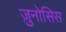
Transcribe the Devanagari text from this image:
ज़ुनोसिस